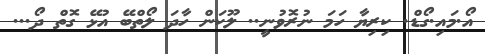
އޯ.މައި.ގޯޑް. ކިރިޔާ ހަމަ ނުރޮވުނީ.. ލޫކަން ހާދަ ލޯތްބޭ އުޅޭ ގޮތް ދޯ...